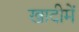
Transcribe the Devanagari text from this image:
खादीमें